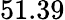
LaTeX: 51.39